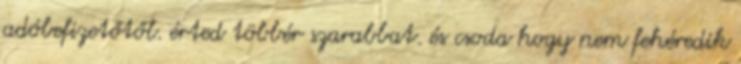
adóbefizetőtől. érted többér szarabbat. és csoda hogy nem fehéredik